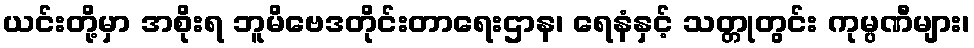
ယင်းတို့မှာ အစိုးရ ဘူမိဗေဒတိုင်းတာရေးဌာန၊ ရေနံနှင့် သတ္တုတွင်း ကုမ္ပဏီများ၊